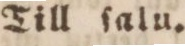
Till ſalu.